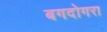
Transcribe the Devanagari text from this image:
बगदोगरा